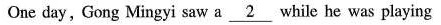
One day, Gong Mingyi saw a \underline{ 2 } while he was playing